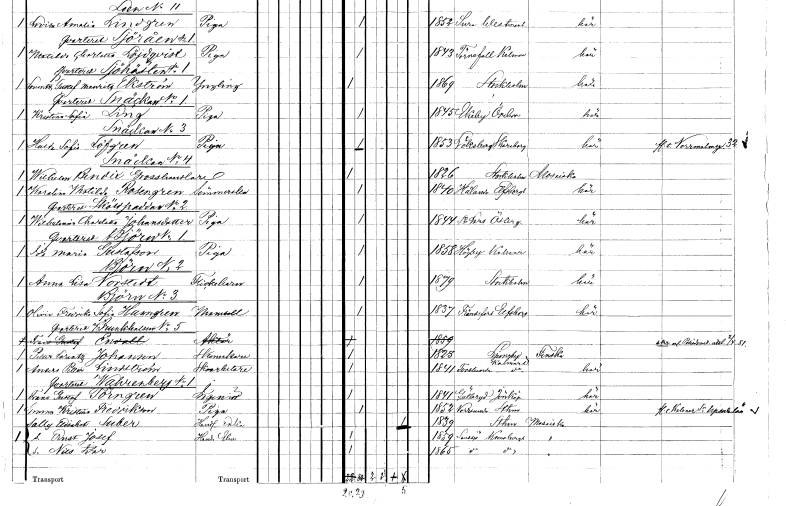
gt_parse: households: individuals: FN: Hulda Sofia
EN: Löfgren
YRKE: Piga
KON: K
CIV: O
FODAR: 1853
FODFORS: Leksberg Skaraborgs län
FN: Wilhelm
EN: Bendix
YRKE: Grosshandlare
KON: M
CIV: O
FODAR: 1826
FODFORS: Stockholm
FN: Karolina Botilda
EN: Rosengren
YRKE: Sömmerska
KON: K
CIV: O
FODAR: 1840
FODFORS: Hålanda Älvsborgs län
FN: Wilhelmina Charlotta
EN: Johansdotter
YRKE: Piga
KON: K
CIV: O
FODAR: 1844
FODFORS: Sankt Lars Linköping Östergötlands län
FN: Ida Maria
EN: Gustafson
YRKE: Piga
KON: K
CIV: O
FODAR: 1858
FODFORS: Högby Kalmar län
FN: Anna Lisa
EN: Norstedt
KON: K
CIV: O
FODAR: 1879
FODFORS: Stockholm
FN: Olivia Fredrika Sofia
EN: Hamgren
KON: K
CIV: O
FODAR: 1837
FODFORS: Frändefors Älvsborgs län
FN: Frans Gustaf
EN: Envall
YRKE: Aktör
KON: M
CIV: O
FODAR: 1859
FN: Petter Lorentz
EN: Johanson
YRKE: Skomakare
KON: M
CIV: O
FODAR: 1825
FODFORS: Ljungby Kalmar län
FN: Anders Petter
EN: Lindström
YRKE: Skoarbetare
KON: M
CIV: O
FODAR: 1841
FODFORS: Torslunda Kalmar län
FN: Frans Gustaf
EN: Törngren
YRKE: Ingenjör
KON: M
CIV: O
FODAR: 1841
FODFORS: Gällaryd Jönköpings län
FN: Emma Kristina
EN: Fredrikson
YRKE: Piga
KON: K
CIV: O
FODAR: 1852
FODFORS: Norrsunda Stockholms län
FN: Sally Elisabet
EN: Suber
YRKE: Handlareänka
KON: K
CIV: E
FODAR: 1839
FODFORS: Stockholm
FN: Ernst Josef
YRKE: Handlareelev
KON: M
CIV: O
FODAR: 1859
FODFORS: Sandsjö Kronobergs län
FN: Nils Ivar
KON: M
CIV: O
FODAR: 1865
FODFORS: Sandsjö Kronobergs län